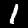
Label: 1